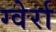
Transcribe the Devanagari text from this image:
ग्वेर्रा